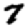
Digit: 7